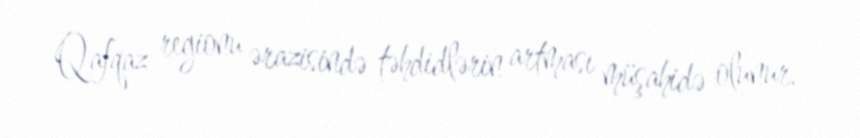
Qafqaz regionu ərazisində təhdidlərin artması müşahidə olunur.